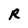
Character: R